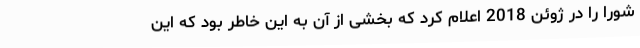
شورا را در ژوئن 2018 اعلام کرد که بخشی از آن به این خاطر بود که این